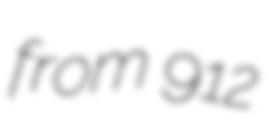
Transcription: from 912